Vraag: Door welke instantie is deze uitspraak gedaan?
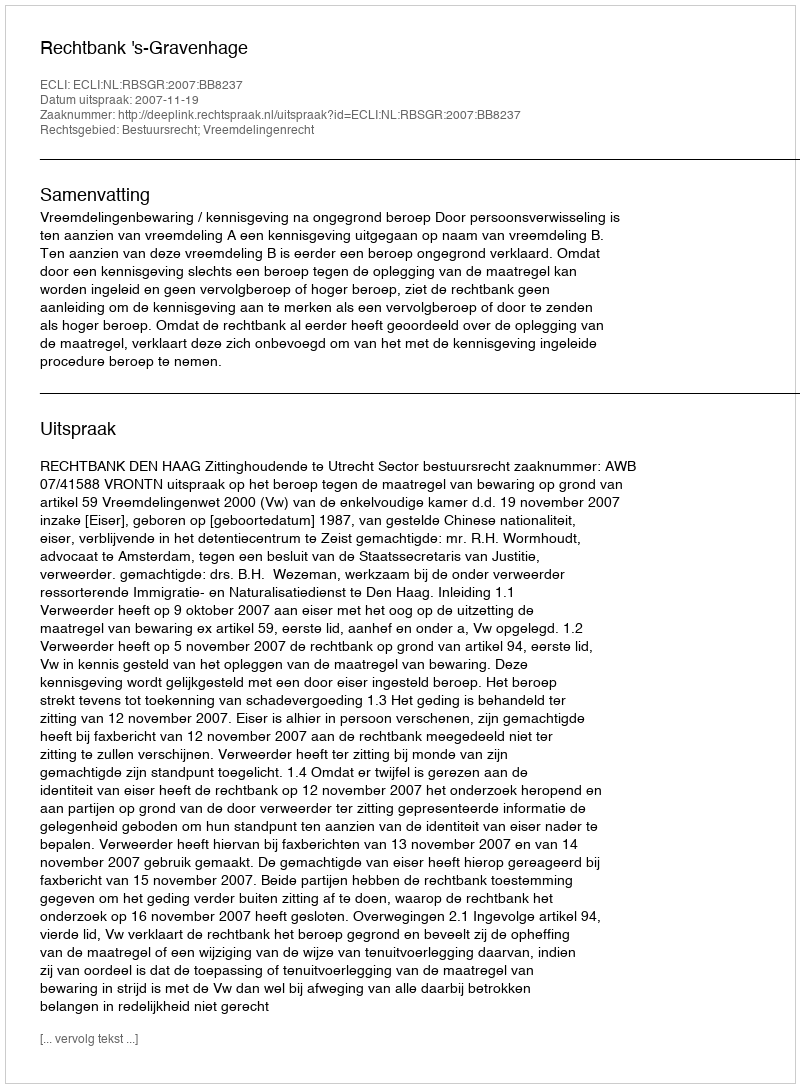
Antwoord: Rechtbank 's-Gravenhage